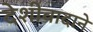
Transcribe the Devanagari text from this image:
देशीवादाने